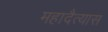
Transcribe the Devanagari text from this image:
महादैत्यास